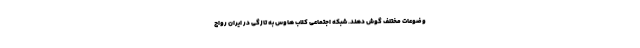
وضوعات مختلف گوش دهند. شبکه اجتماعی کلاب هاوس به تازگی در ایران رواج